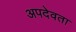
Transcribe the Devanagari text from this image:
अपदेवता